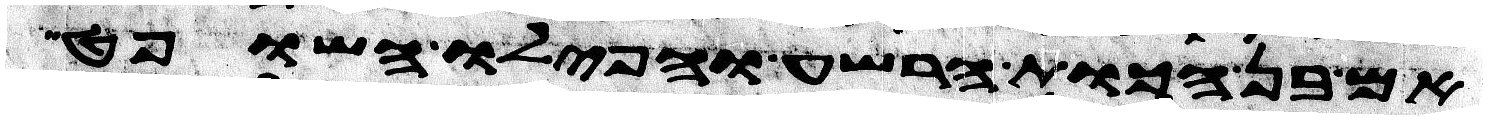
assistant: אם בן הכות הרשע והפילו השופט